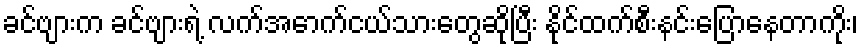
ခင်ဗျားက ခင်ဗျားရဲ့ လက်အောက်ငယ်သားတွေဆိုပြီး နိုင်ထက်စီးနင်းပြောနေတာကိုး၊